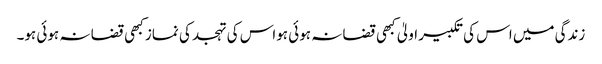
زندگی میں اس کی تکبیر اولیٰ کبھی قضا نہ ہوئی ہواس کی تہجد کی نماز کبھی قضا نہ ہوئی ہو۔